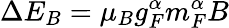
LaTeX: \Delta E_{B}=\mu_{B}g_{F}^{\alpha}m_{F}^{\alpha}B